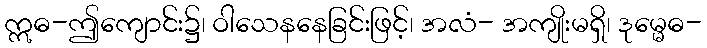
ဣဓ-ဤကျောင်း၌၊ ဝါသေနနေခြင်းဖြင့်၊ အလံ- အကျိုးမရှိ၊ ဒုမ္မေဓ-